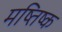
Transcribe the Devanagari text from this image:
मष्तिष्‍क